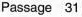
Passage 31